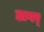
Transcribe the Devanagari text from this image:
डागर्